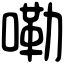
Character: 嘞